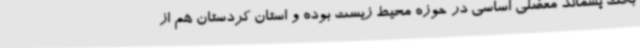
بحث پسماند معضلی اساسی در حوزه محیط زیست بوده و استان کردستان هم از